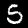
Digit: 5